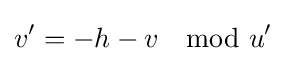
v'=-h-v\mod u'